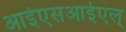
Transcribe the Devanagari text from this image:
आईएसआईएल्